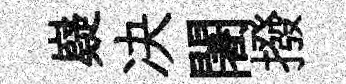
嶷决闍撥